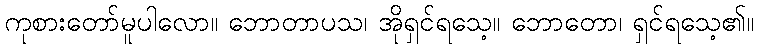
ကုစားတော်မူပါလော။ ဘောတာပသ၊ အိုရှင်ရသေ့။ ဘောတော၊ ရှင်ရသေ့၏။